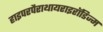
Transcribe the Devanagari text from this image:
हाइपरपैराथायराइरॉडिज्म